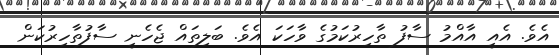
އެވެ. އެއީ އާއްމު ސާފު ތާހިރުކަމުގެ ވާާހަކަ އެެވެ. ބަލިތައް ޖެހެނީ ސާފުތާހިރުކަން